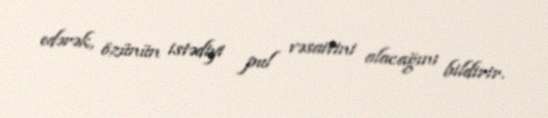
edərək, özünün istədiyi pul vəsaitini alacağını bildirir.